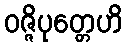
ဝဇ္ဇိပုတ္တေဟိ